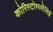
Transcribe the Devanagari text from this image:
कोरिस्टोस्पर्मेसिई